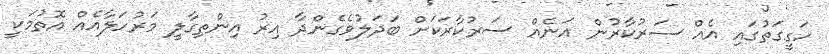
ހަގީގަތުގައި އެއް ސަރުކާރުން އަނެއް ސަރުކާރަކަށް ބަދަލުވެގެންދާ އިރު އިންތިގާލީ މަރުހަލާއެއް އޮތުމަކީ